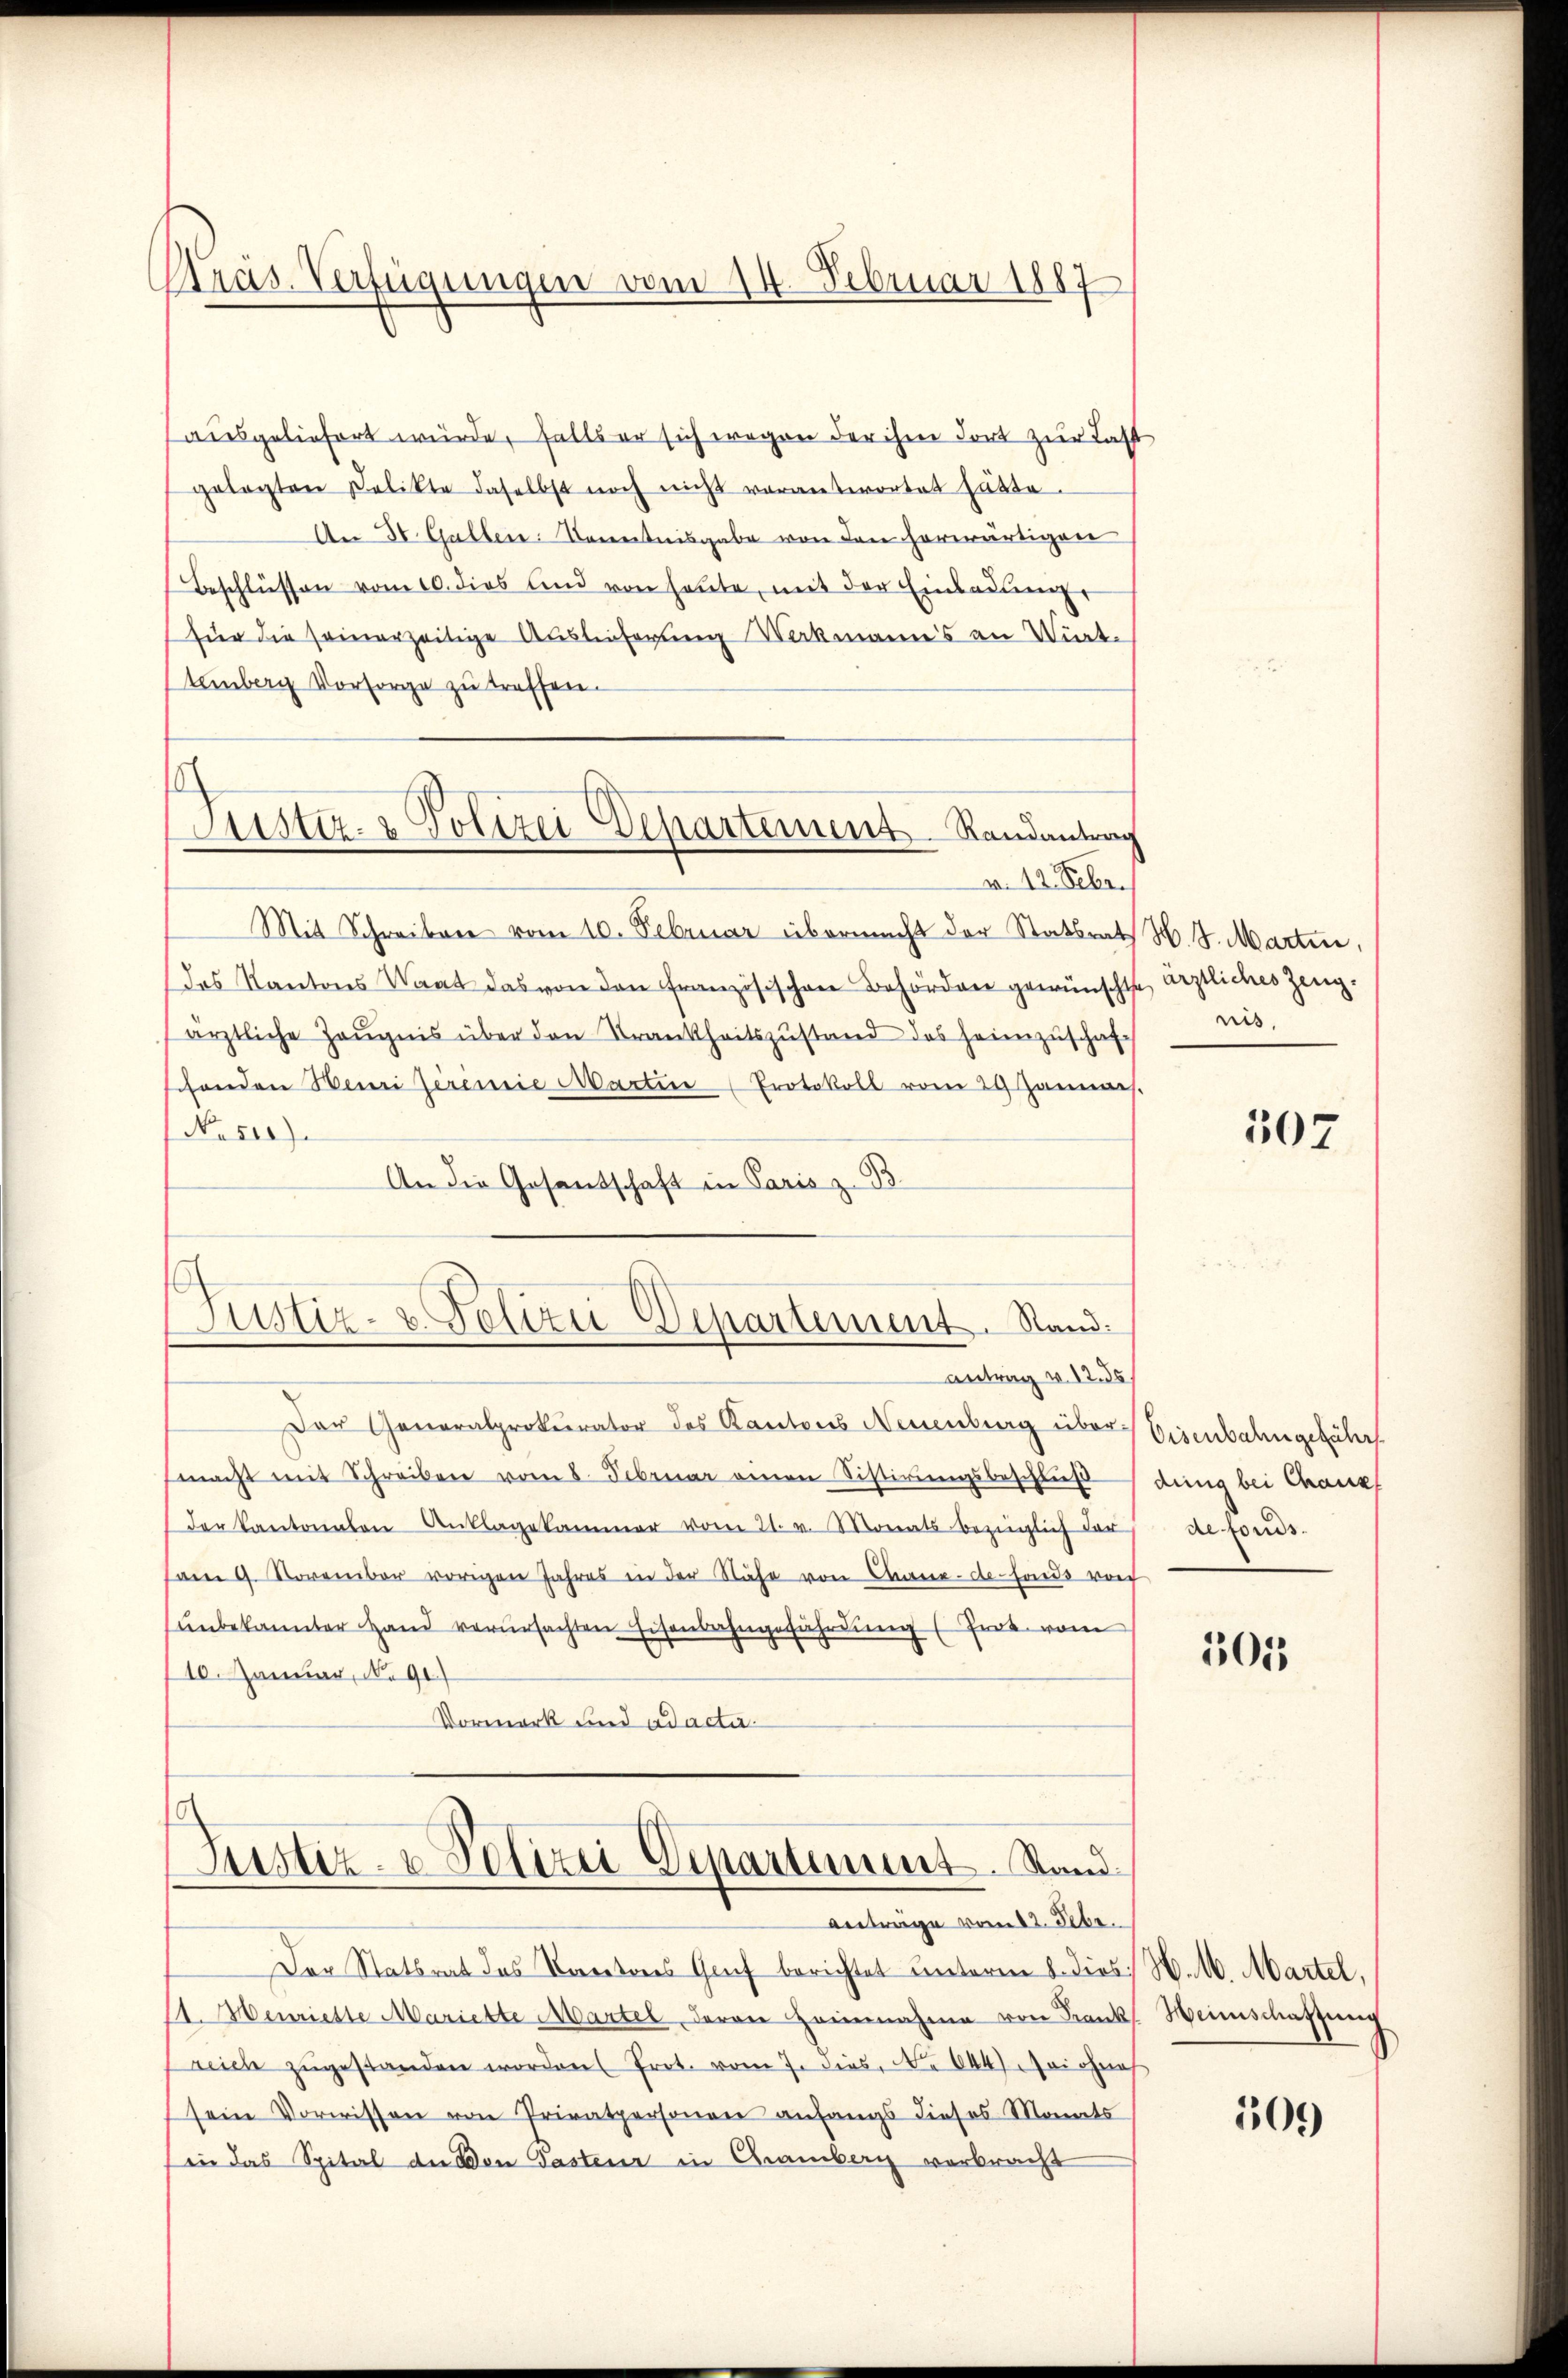
Präs. Verfügungen vom 14. Februar 1887

Justiz- & Polizei Departement Randantrag

ausgeliefert wurde, falls er sich wegen der ihme dort zur Last
gelegten Delikte daselbst noch nicht verantwortet hätte.
An 30. Gallen Kenntnisgabe von den herwärtigen
Beschlüssen vom 10. dies und von heute, mit der Einladŭng,
für die seinerzeitige Auslieferung Wakmanns an Wirt-
temberg Vorsorge zu treffen.
v. 12. Febr.
Mit Schreiben vom 10. Februar übermacht der Statsrat
das Kantons Waat das von den Französischen Behörden gewünschte
ärztliche Zeŭgnis über den Trankheitszustand des heimzuschaft
schonden Henri Jeremie Martin (Protokoll vom 29 Januar.
No. 500).
An die Gesandschaft in Paris z. B.

Justiz- u. Polizei Departement. Stand.
Antrag v. 12. ds

Der Generalprokurator des Kantons Neuenburg übermacht mit Schreiben vom 8. Februar einen Sistirungsbeschluß
der kantonalen Anklagekammer vom 21. v. Monats bezüglich der
am 9. November vorigen Jahres in der Nähe von Chaux-de-Fonds von
unbekannter Hand verursachten Eisenbahngefährdung (Trat vom
10. Januar, No 91
Vormerk und ad acta.

Justiz- & Polizei Departiment. Stand

Der Statsrat des Paritores Gruf berichtet unterm 8. dies N. N. Martel,
(1. Henriette Mariette Martel deren Heinnahme von Frank. Heimschafteneg
reich zŭgestanden worden Prot. vom 7. dies, No 644. sei ohnes
sein Vorwissen von Privatpersonen anfangs dieses Monats
inn das Spital an von Pastenz in Chamberg verbracht

Anträge vom 12. Febr.

H. 4. Marten,
 ärztliches Zeug.
nis.

Eisenbahngeführt
dung bei Chaux
de fonds.

305

507

109